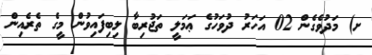
ށ) މަދުވެގެން 02 އަހަރު ދުވަހުގެ ޢަމަލީ ތަޖުރިބާ ލިބިފައިވުން މީގެ ތެރެއިން